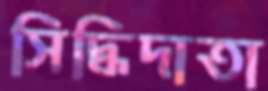
সিদ্ধিদাতা